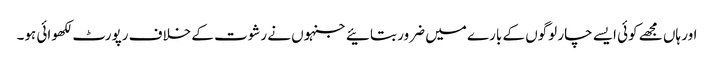
اور ہاں مجھے کوئی ایسے چار لوگوں کے بارے میں ضرور بتائیے جنہوں نے رشوت کے خلاف رپورٹ لکھوائی ہو۔